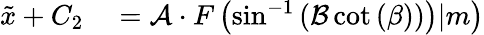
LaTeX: \begin{array}{rl}{\tilde{x}+C_{2}}&{{}=\mathcal{A}\cdot F\left(\left.\sin^{-1}\left(\mathcal{B}\cot\left(\beta\right)\right)\right)|m\right)}\end{array}